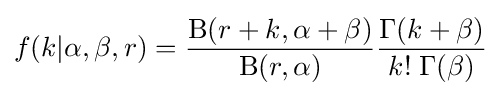
f(k|\alpha ,\beta ,r)={\frac {\mathrm {B} (r+k,\alpha +\beta )}{\mathrm {B} (r,\alpha )}}{\frac {\Gamma (k+\beta )}{k!\;\Gamma (\beta )}}